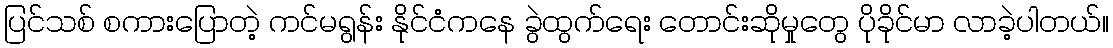
ပြင်သစ် စကားပြောတဲ့ ကင်မရွန်း နိုင်ငံကနေ ခွဲထွက်ရေး တောင်းဆိုမှုတွေ ပိုခိုင်မာ လာခဲ့ပါတယ်။